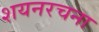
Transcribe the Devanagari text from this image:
शयनरचना